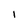
Character: I